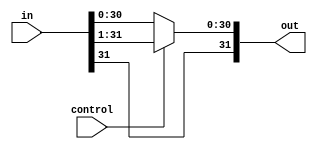
module shift_ari_right_1(out, in, control);
    input [31:0] in;
    input control;
    output [31:0] out;

    assign out[31] = in[31];
    assign out[30:0] = control ? in[31:1] : in[30:0];
endmodule